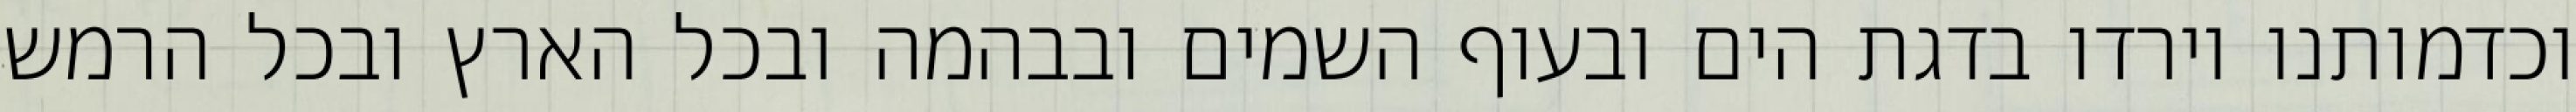
וכדמותנו וירדו בדגת הים ובעוף השמים ובבהמה ובכל הארץ ובכל הרמש